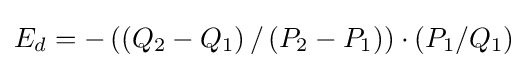
E_{d}=-\left(\left(Q_{2}-Q_{1}\right)/\left(P_{2}-P_{1}\right)\right)\cdot \left(P_{1}/Q_{1}\right)